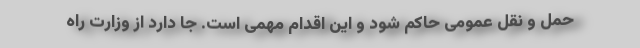
حمل و نقل عمومی حاکم شود و این اقدام مهمی است. جا دارد از وزارت راه